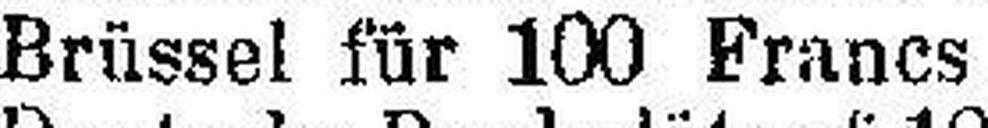
Brüssel für 100 Francs